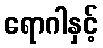
ရောဂါနှင့်